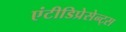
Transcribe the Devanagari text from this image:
एंटीडिप्रेसेन्ट्स